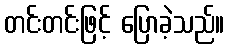
တင်းတင်းဖြင့် ပြောခဲ့သည်။